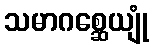
သမာဂစ္ဆေယျုံ